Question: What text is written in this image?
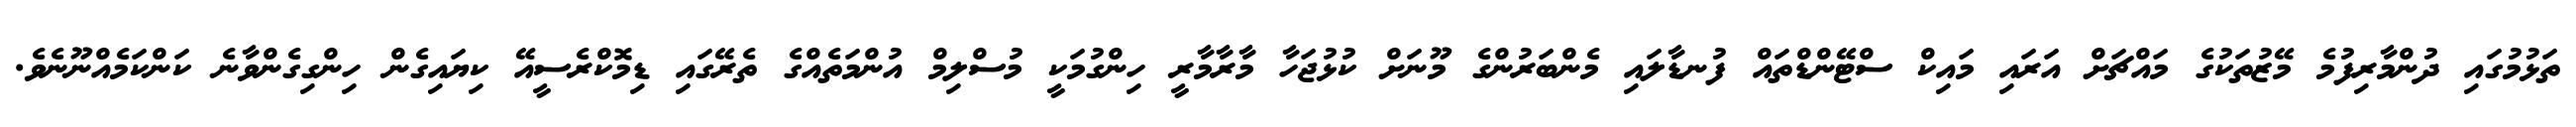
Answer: ތަޅުމުގައި ދުންމާރިފުމެ މޭޒުތަކުގެ މައްޗަށް އަރައި މައިކް ސްޓޭންޑްތައް ފުނޑާލައި މެންބަރުންގެ މޫނަށް ކުޅުޖަހާ މާރާމާރީ ހިންގުމަކީ މުސްލިމް އުންމަތެއްގެ ތެރޭގައި ޑިމޮކްރެސީއޭ ކިޔައިގެން ހިންގިގެންވާނެ ކަންކަމެއްނޫނެވެ.